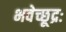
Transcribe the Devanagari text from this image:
भवेच्छूद्रः